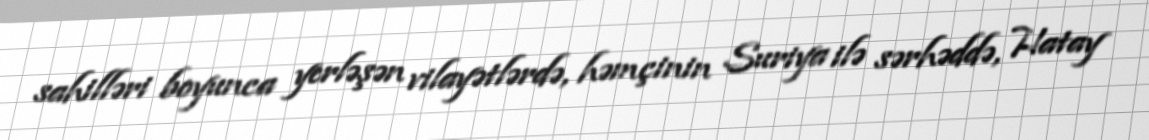
sahilləri boyunca yerləşən vilayətlərdə, həmçinin Suriya ilə sərhəddə, Hatay